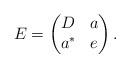
LaTeX: \begin{align*} E = \begin{pmatrix} D & a\\ a^* & e\end{pmatrix}.\end{align*}